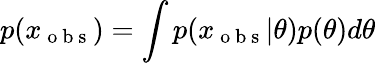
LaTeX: p(x_{\mathrm{~o~b~s~}})=\int p(x_{\mathrm{~o~b~s~}}|\theta)p(\theta)d\theta